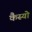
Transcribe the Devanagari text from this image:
कैस्‍यो